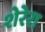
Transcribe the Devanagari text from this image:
शेरेरा